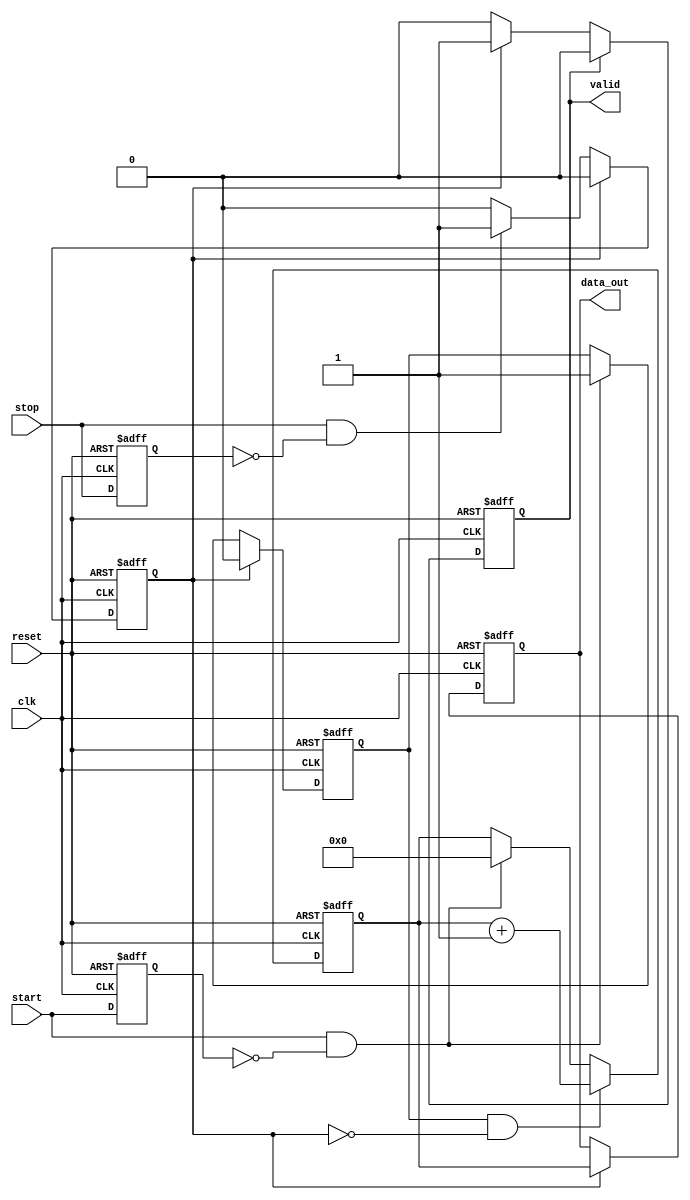
module TDC (
    input wire clk,                // High-speed clock input
    input wire reset,              // Active high reset signal
    input wire start,              // Start signal
    input wire stop,               // Stop signal
    output reg [31:0] data_out,    // Output data - count value
    output reg valid               // Output valid signal
);

    reg [31:0] counter;            // 32-bit counter for counting clock cycles
    reg start_detected;            // Flag to indicate start has been detected
    reg stop_detected;             // Flag to indicate stop has been detected

    // Edge detection for start and stop signals
    reg start_d;                   // Delayed start signal
    reg stop_d;                    // Delayed stop signal

    always @(posedge clk or posedge reset) begin
        if (reset) begin
            start_d <= 1'b0;
            stop_d <= 1'b0;
            start_detected <= 1'b0;
            stop_detected <= 1'b0;
            counter <= 32'b0;
            data_out <= 32'b0;
            valid <= 1'b0;
        end else begin
            // Store delayed values for edge detection
            start_d <= start;
            stop_d <= stop;

            // Detect rising edge of start
            if (start && !start_d) begin
                start_detected <= 1'b1;
                counter <= 32'b0; // Reset counter on start
            end

            // Detect rising edge of stop
            if (stop && !stop_d) begin
                stop_detected <= 1'b1;
            end

            // Count while start is detected
            if (start_detected && !stop_detected) begin
                counter <= counter + 1; // Increment counter on each clock cycle
            end

            // Latch counter value on stop signal
            if (stop_detected) begin
                data_out <= counter;   // Output the count value
                valid <= 1'b1;         // Indicate valid output
                start_detected <= 1'b0; // Reset for the next measurement
                stop_detected <= 1'b0;  // Reset stop detection
            end

            // Reset valid signal after reading the data
            if (valid) begin
                valid <= 1'b0; // Clear valid signal after it is read
            end
        end
    end

endmodule